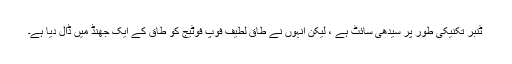
ٹنبر تکنیکی طور پر سیدھی سائٹ ہے ، لیکن انہوں نے طاقِ لطیف فوپ فوٹیج کو طاق کے ایک جھنڈ میں ڈال دیا ہے۔